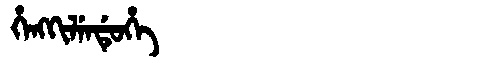
Manchu: ᡥᡝᠩᡴᡳᠯᡝᠨᡩᡠᡥᡝ
Romanization: HENGKILENDUHE